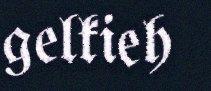
gelkieh